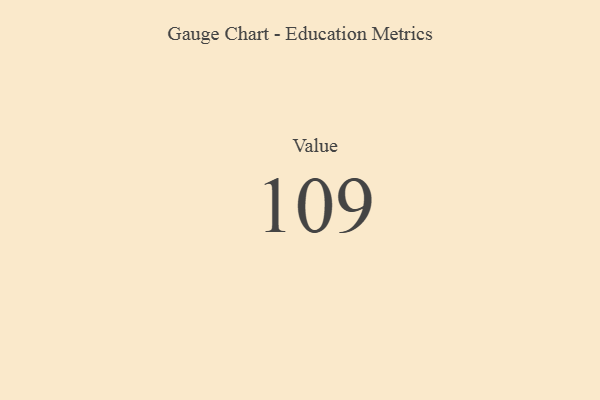
{"axis": {"x": "Metric", "y": "Value"}, "legend": [""], "data": [{"x": "Value", "y": 109, "type": ""}]}